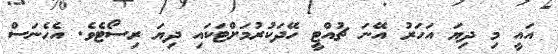
އައީ މި ދިޔަ އަހަރު އޭނަ ޗުއްޓީ ހޭދަކުރުމަށްޓަކައި ދިޔަ ރިސޯޓެވެ. އެހެނަސް